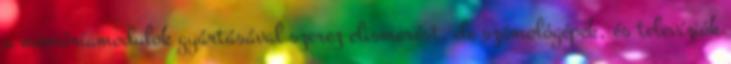
a memóriamodulok gyártásával szerez elismerést, de számológépek, és televíziók